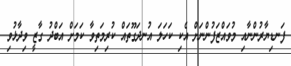
ފަނޑިޔާރުންނާއި މުވައްޒަފުންނަށް އެކި ކަހަލަ އުނދަގޫތައް ކުރިމަތިވާ ކަމަށް އަބްދު ގާޒީ ވިދާޅުވި